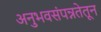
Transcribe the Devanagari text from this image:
अनुभवसंपन्नतेतून